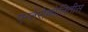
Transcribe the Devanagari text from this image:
एन्तेरोकोलितीस